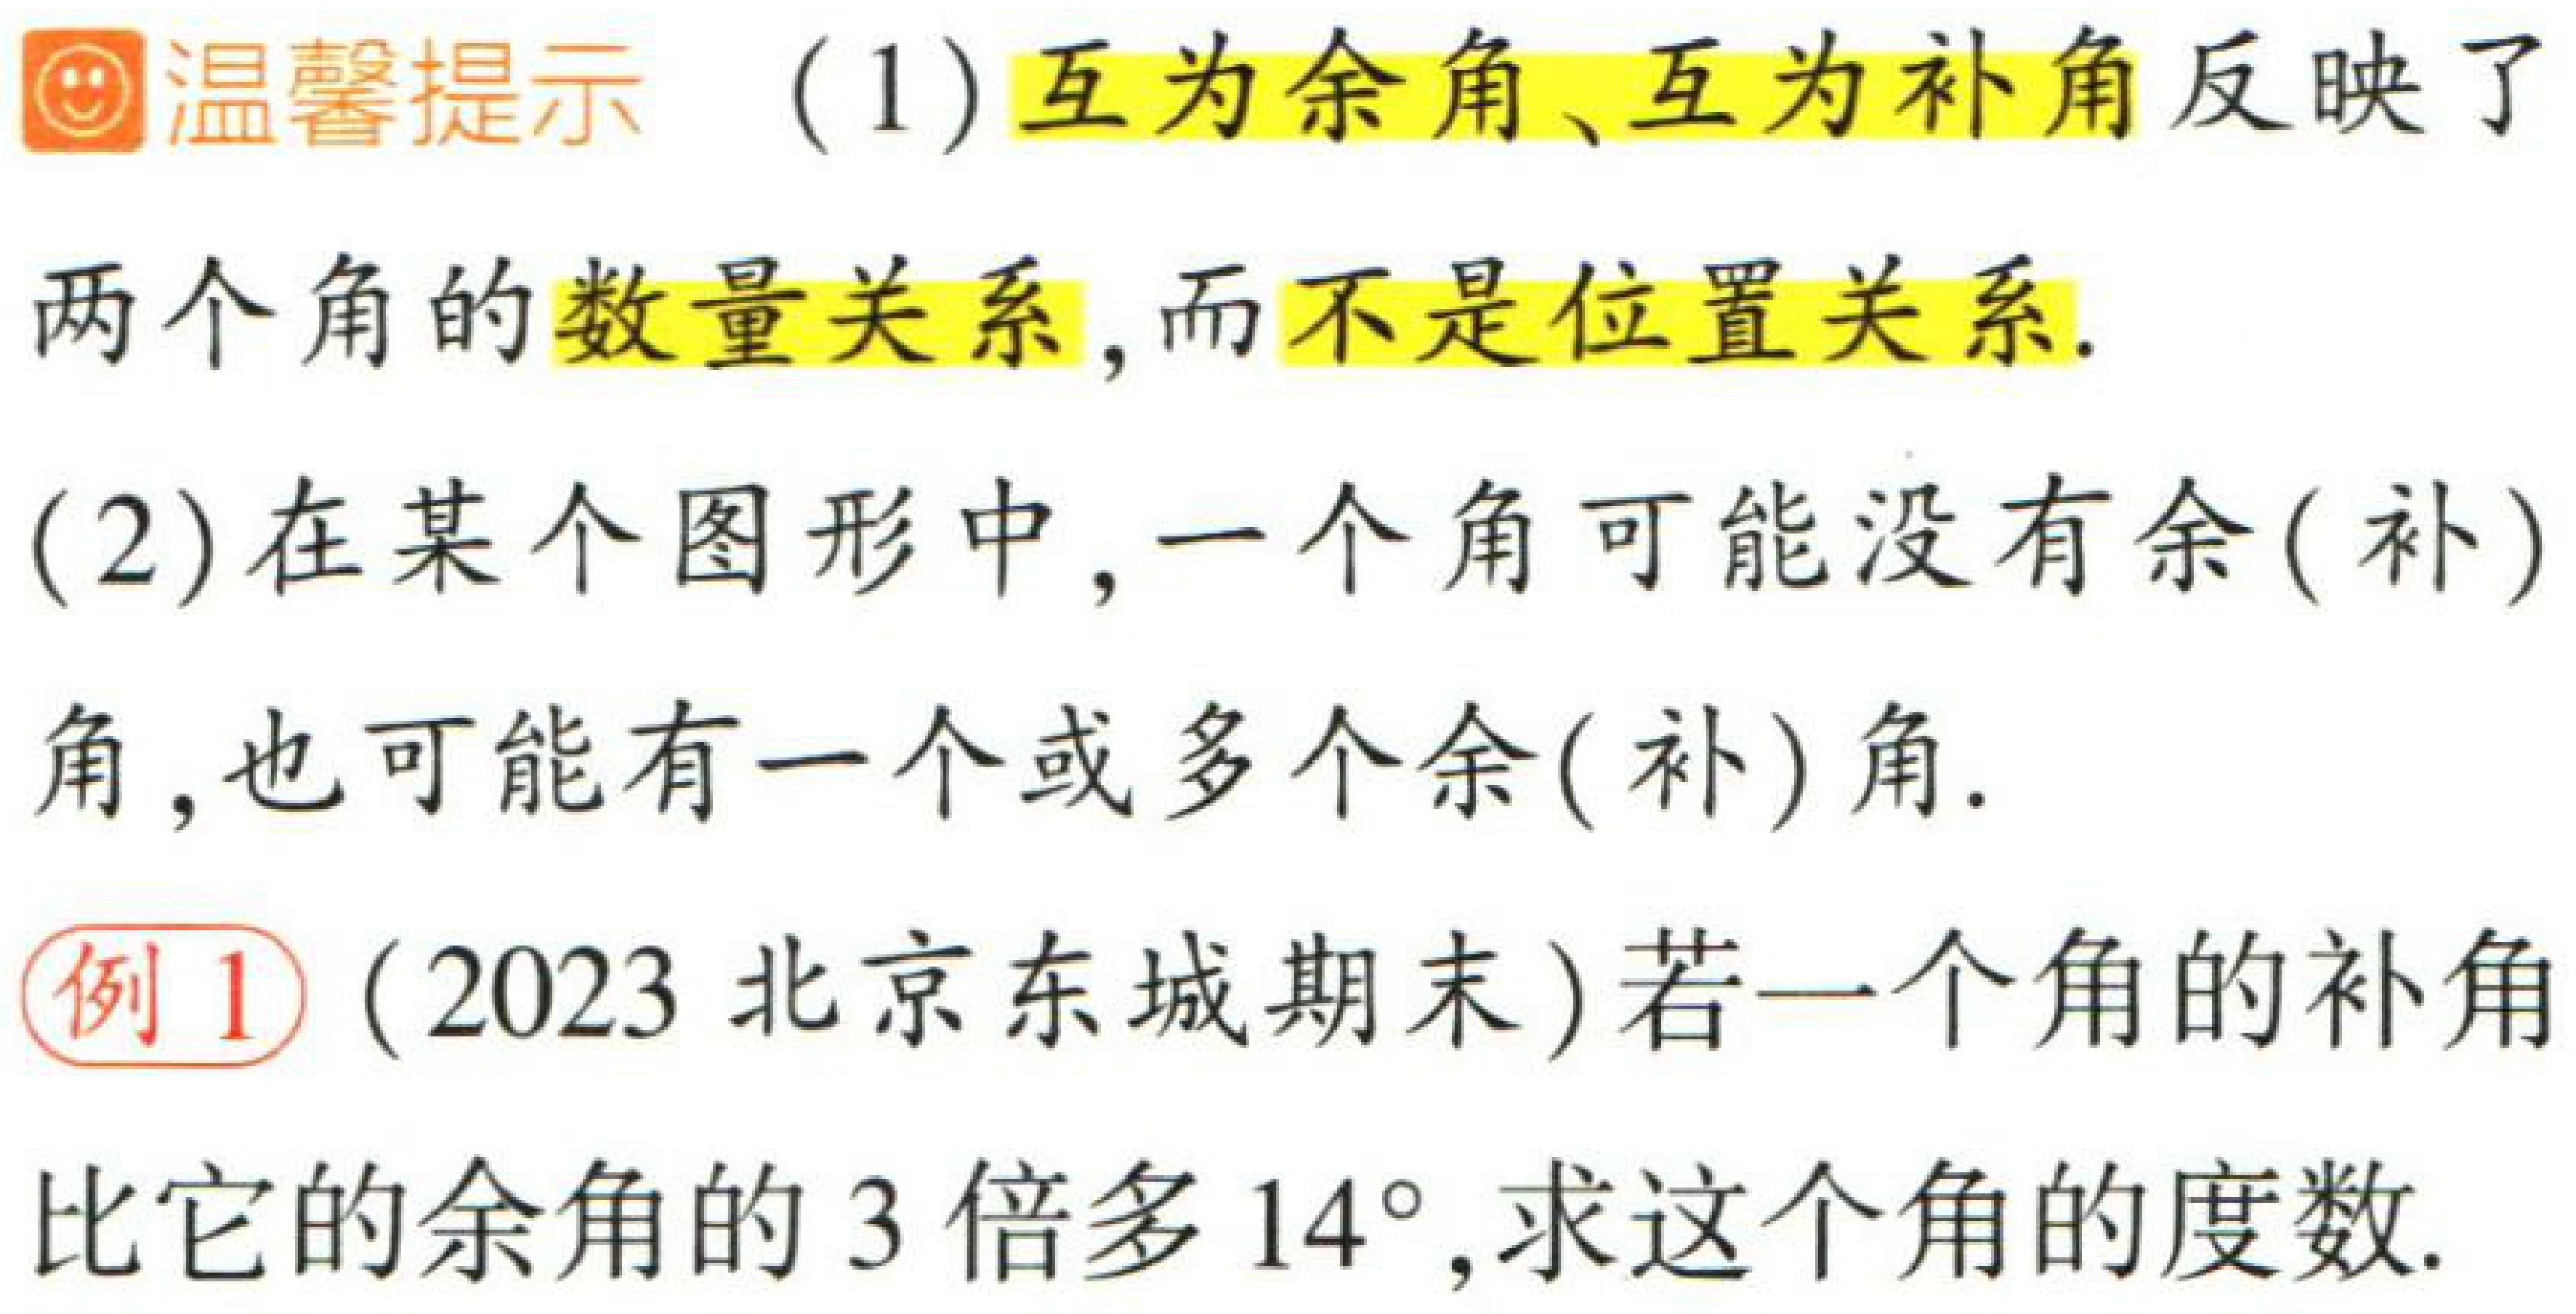
温馨提示

(1) 互为余角、互为补角反映了两个角的数量关系, 而不是位置关系.

(2) 在某个图形中, 一个角可能没有余(补)角, 也可能有一个或多个余(补)角.

例1 （2023 北京东城期末）若一个角的补角比它的余角的 3 倍多 \(14^{\circ}\), 求这个角的度数.